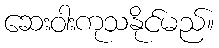
ဆေးဝါးကုသနိုင်မည်။